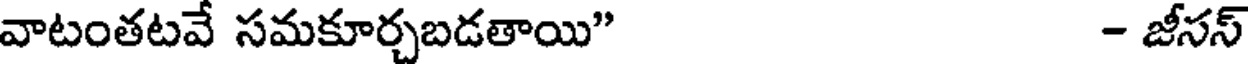
వాటంతటవే సమకూర్చబడతాయి" - జీసస్